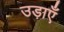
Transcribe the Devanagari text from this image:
उड़ाएँ